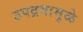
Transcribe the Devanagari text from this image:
उपद्रवामुळे